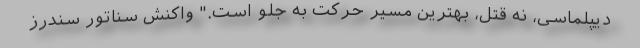
دیپلماسی، نه قتل، بهترین مسیر حرکت به جلو است." واکنش سناتور سندرز